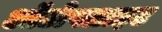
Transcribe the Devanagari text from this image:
ऑटोफ्लाइट